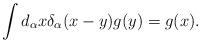
LaTeX: \begin{align*}\int d_{\alpha}x \delta_{\alpha}(x-y)g(y)=g(x).\end{align*}